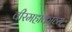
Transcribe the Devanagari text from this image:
वीरमहाकाव्य